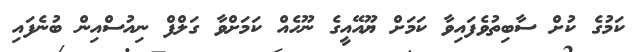
ކަމުގެ ކުށް ސާބިތުވެފައިވާ ކަމަށް ޔޫއޭއީގެ ނޫހެއް ކަމަށްވާ ގަލްފް ނިއުސްއިން ބުނެފައި